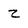
Character: z